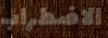
الاضطراب